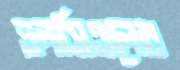
এনসিএলের